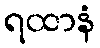
ရထာနံ